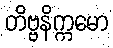
တိဗ္ဗနိက္ကမော